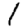
Digit: 1